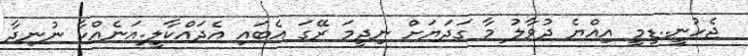
ޖެހުނީ..ޑިމީ އިއްޔެ ދުވާލު މާ ގަދަޔަށް ނިދީމަ ރޭގަ އެބައި އެދައްކާލީ.އަނެއްކާ ނުނިދާ